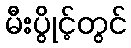
မီးပွိုင့်တွင်